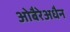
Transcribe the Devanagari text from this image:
ओबैरेअधैन